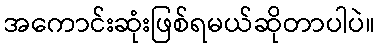
အကောင်းဆုံးဖြစ်ရမယ်ဆိုတာပါပဲ။